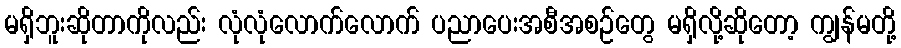
မရှိဘူးဆိုတာကိုလည်း လုံလုံလောက်လောက် ပညာပေးအစီအစဉ်တွေ မရှိလို့ဆိုတော့ ကျွန်မတို့